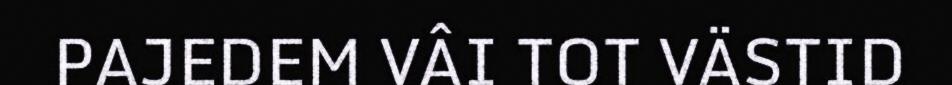
PAJEDEM VÂI TOT VÄSTID